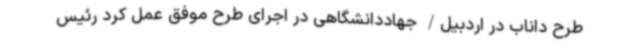
طرح داناب در اردبیل/ جهاددانشگاهی در اجرای طرح موفق عمل کرد رئیس